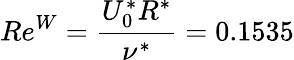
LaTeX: Re^{W}=\frac{U_{0}^{*}R^{*}}{\nu^{*}}=0.1535